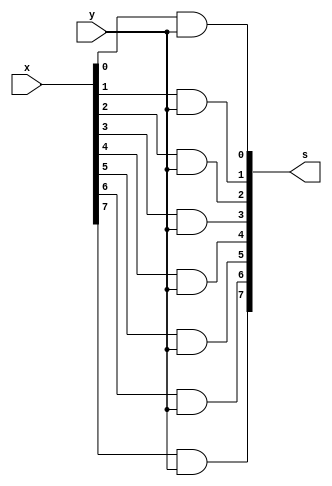
// Multiplies an n-bit `x` by a single bit `y`
module multi_and(x, y, s);
  parameter integer n = 8;

  input [n-1:0] x;
  input y;
  output [n-1:0] s;

  genvar i;
  generate
    for (i = 0; i <= n - 1; i = i + 1) begin
      and a(s[i], x[i], y);
    end
  endgenerate

endmodule

module copy (input i, output o);
  assign o = i;
endmodule // copy

// ripple carry adder for 2 n-bit numbers
module addern (carryin, X, Y, S, carryout);
  parameter integer n = 8;

  input carryin;
  input [n-1:0] X, Y;

  output [n-1:0] S;
  output carryout;

  wire [n:0] C;
  genvar i;
  assign C[0] = carryin;
  assign carryout = C[n];

  generate
    for (i = 0; i <= n - 1; i = i + 1) begin
      full_adder fa(C[i], X[i], Y[i], S[i], C[i+1]);
    end
  endgenerate

endmodule // addern

module full_adder (input Cin, x, y, output s, Cout);
  assign s = x ^ y ^ Cin;
  assign Cout = (x & y) | (x & Cin) | (y & Cin);
endmodule // full_adder